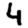
Digit: 4